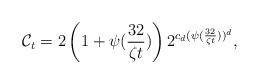
LaTeX: \begin{align*}\mathcal{C}_t = 2 \left ( 1 + \psi(\frac{32}{\zeta t})\right) 2^{c_d (\psi(\frac{32}{\zeta t}))^d},\end{align*}